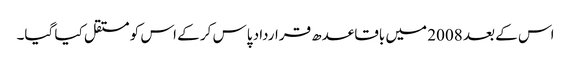
اس کے بعد 2008 میں باقاعدھ قرارداد پاس کر کے اس کو مستقل کیا گیا۔